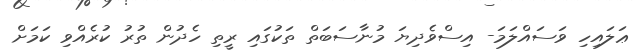
ޢަލައިހި ވަސައްލަމަ- އިސްވެދިޔަ މުނާސަބަތް ތަކުގައި ރީތި ހެދުން ތުރު ކުރެއްވި ކަމަށް